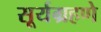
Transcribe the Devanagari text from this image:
सूर्यग्रहणे